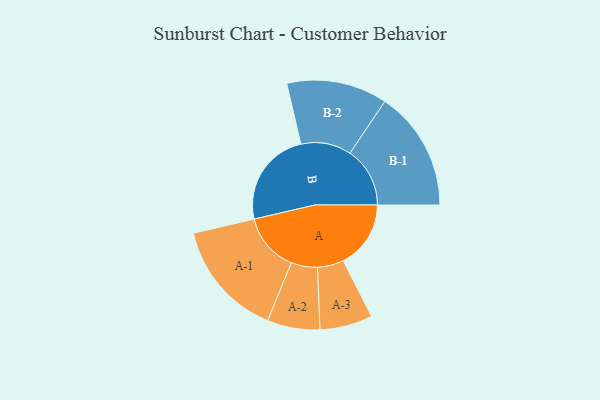
{"axis": {"x": "Segment", "y": "Value"}, "legend": ["", "A", "B"], "data": [{"x": "A", "y": 331, "type": ""}, {"x": "B", "y": 472, "type": ""}, {"x": "A-1", "y": 287, "type": "A"}, {"x": "A-2", "y": 129, "type": "A"}, {"x": "A-3", "y": 129, "type": "A"}, {"x": "B-1", "y": 294, "type": "B"}, {"x": "B-2", "y": 247, "type": "B"}]}